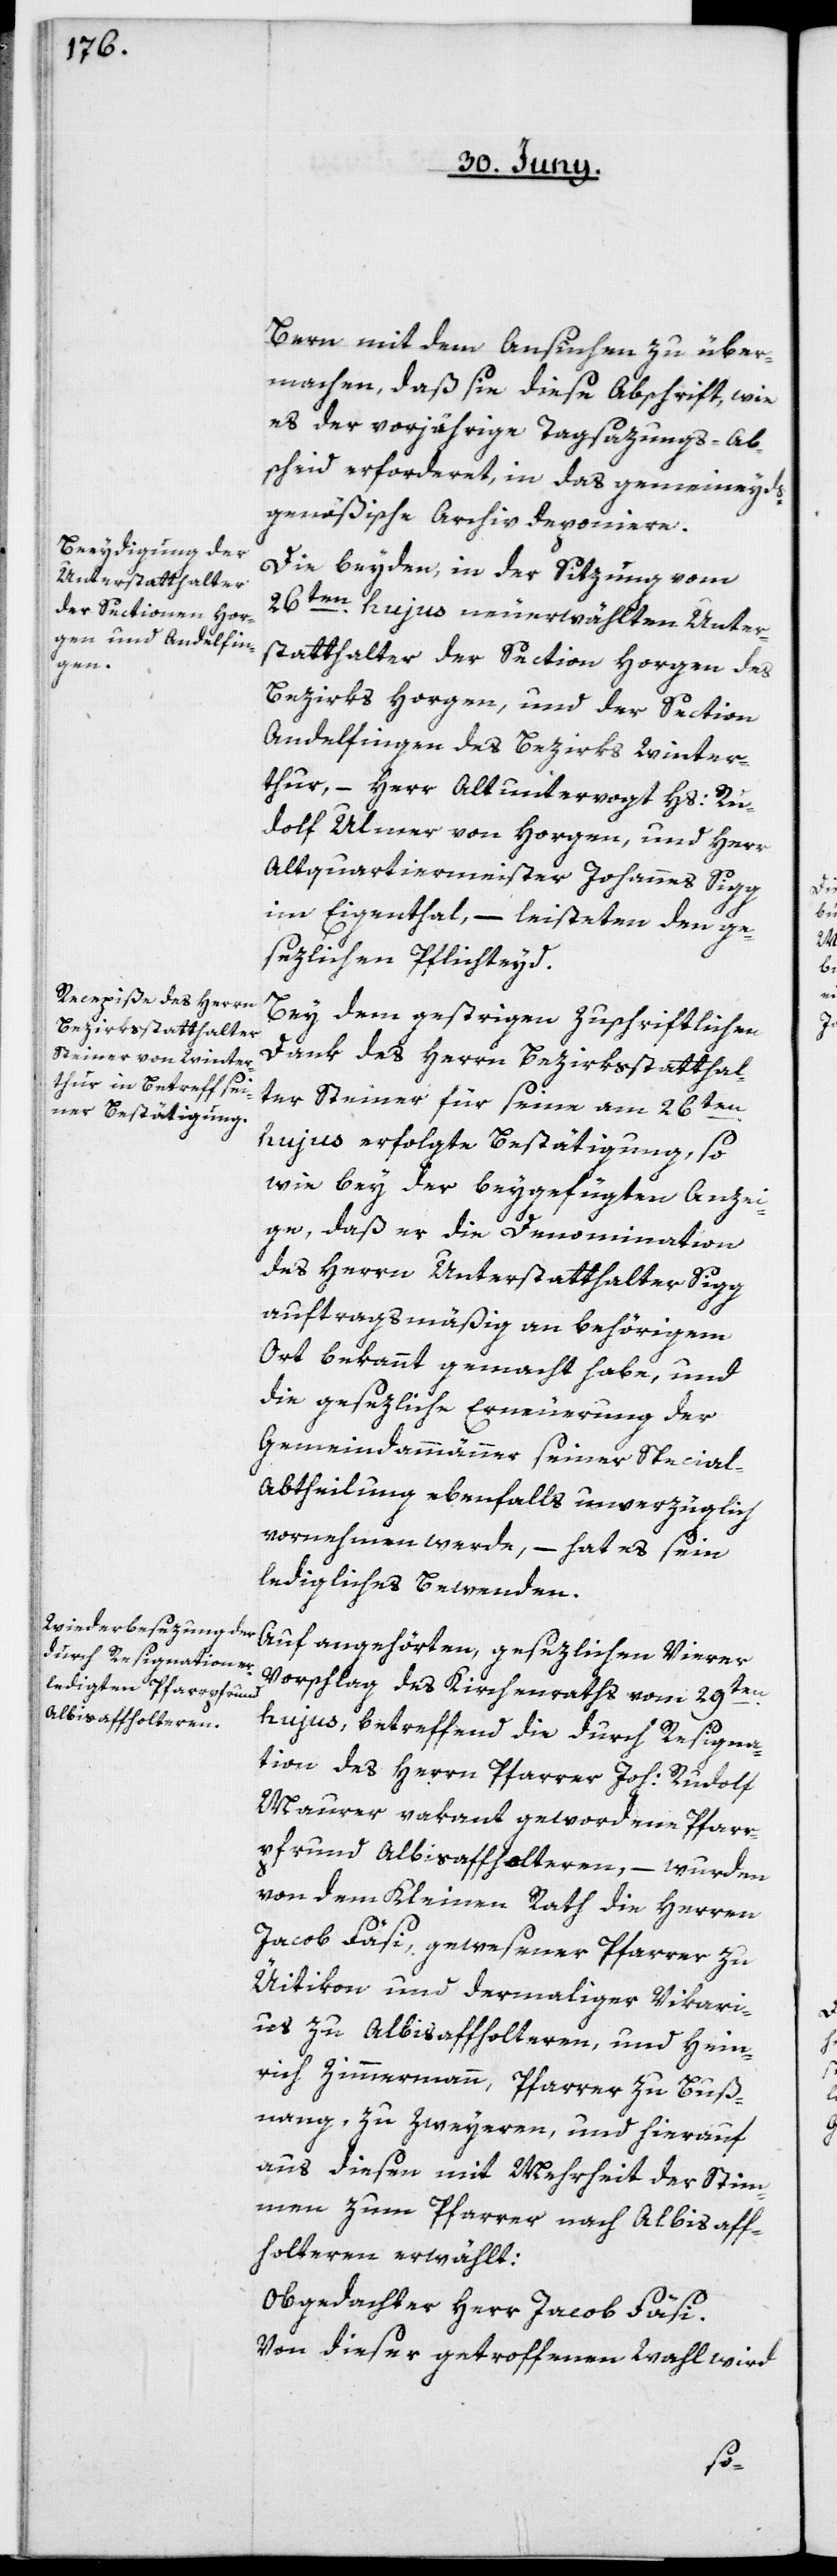
Bern mit dem Ansuchen zu über¬
machen, daß sie diese Abschrift, wie
es der vorjährige Tagsatzungs-Ab¬
scheid erforderet, in das gemeineyds¬
genößische Archiv deponiere.
Die beyden, in der Sitzung vom
26ten hujus neu erwählten Unter¬
statthalter der Section Horgen des
Bezirks Horgen, und der Section
Andelfingen des Bezirks Winter¬
thur, – Herr Altuntervogt Hs: Ru¬
dolf Ulmer von Horgen, und Herr
Altquartiermeister Johannes Sigg
im Eigenthal, – leisteten den ge¬
sezlichen Pflichteyd.
Bey dem gestrigen Zuschriftlichen
Dank des Herrn Bezirksstatthal¬
ter Steiner für seine am 26ten
hujus erfolgte Bestätigung, so
wie bey der beygefügten Anzei¬
ge, daß er die Denomination
des Herrn Unterstatthalter Sigg
auftragsmäßig an behörigem
Ort bekannt gemacht habe, und
die gesezliche Erneuerung der
Gemeindammänner seiner Special-A¬
btheilung ebenfalls unverzüglich
vornehmen werde, – hat es sein
ledigliches Bewenden.
Auf angehörten, gesezlichen Vierer-V¬
orschlag des Kirchenraths vom 29ten
hujus, betreffend die durch Resigna¬
tion des Herrn Pfarrer Joh: Rudolf
Maurer vakant gewordene Pfarr¬
pfrund Albisaffholteren, – wurden
von dem Kleinen Rath die Herren
Jacob Fäsi, gewesener Pfarrer zu
Üitikon und dermaliger Vikari¬
us zu Albisaffholteren, und Hein¬
rich Zimmermann, Pfarrer zu Buß¬
nang, zu zweyeren, und hierauf
aus diesen mit Mehrheit der Stim¬
men zum Pfarrer nach Albisaff¬
holteren erwählt:
Obgedachter Herr Jacob Fäsi.
Von dieser getroffenen Wahl wird